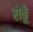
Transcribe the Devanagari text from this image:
रोकूँ